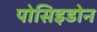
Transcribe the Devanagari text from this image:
पोसिइडोन